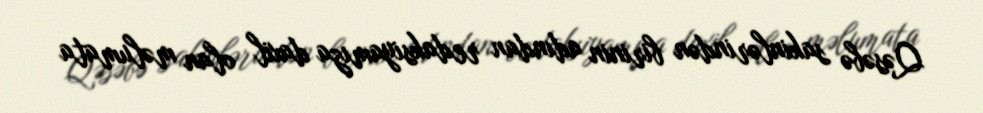
Qəsəbə sakinlərindən birinin adından redaksiyamıza daxil olan məlumata